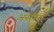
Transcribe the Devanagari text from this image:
अनेगिन